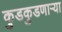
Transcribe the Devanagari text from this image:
कुडकुडणाऱ्या